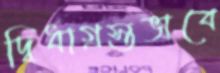
দ্বিধাগ্রস্তভাবে